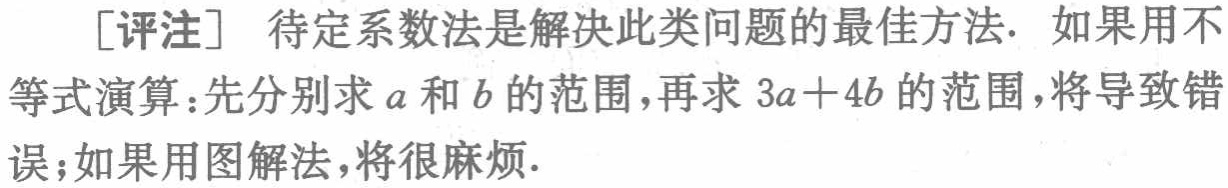
[评注] 待定系数法是解决此类问题的最佳方法. 如果用不等式演算：先分别求\(a\)和\(b\)的范围，再求\(3a + 4b\)的范围，将导致错误；如果用图解法，将很麻烦.